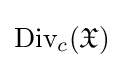
{\text{Div}}_{c}({\mathfrak {X}})